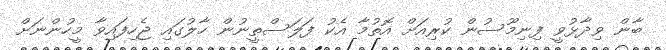
ބާން ވިދާޅުވީ ފިނިމޫސުން ކުރިއަށް އޮތުމާ އެކު ފަލަސްތީނުން ހާލުގައި ޖެހިފައިވާ މީހުންނަށް